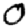
Digit: 0